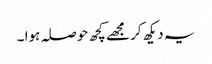
یہ دیکھ کر مجھے کچھ حوصلہ ہوا ۔